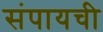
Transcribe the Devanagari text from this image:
संपायची